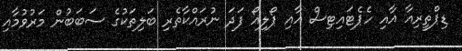
ޑިޕްތީރިއާ އާއި ހެޕެޓައިޓިސް އާއި ޕޯލިއޯ ފަދަ ނުރައްކާތެރި ބަލިތަކުގެ ސަބަބުން މަރުވުމާއި